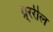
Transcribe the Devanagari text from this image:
ग्र्ररील